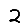
Digit: 2